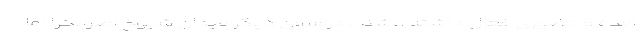
آمده و حضوری فعال داشته باشند. در سوی دیگر میدان شیوخ اصولگرا اما